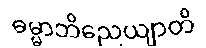
ဓမ္မာဘိညေယျာတိ